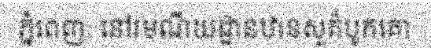
ភ្នំពេញ: នៅរមណីយដ្ឋានឋានសួគ៌បូកគោ